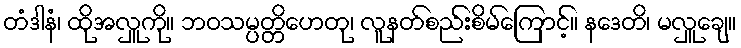
တံဒါနံ၊ ထိုအလှူကို။ ဘဝသမ္ပတ္တိဟေတု၊ လူနတ်စည်းစိမ်ကြောင့်။ နဒေတိ၊ မလှူချေ။